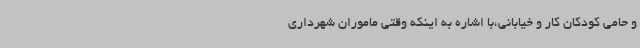
و حامی کودکان کار و خیابانی،با اشاره به اینکه وقتی ماموران شهرداری